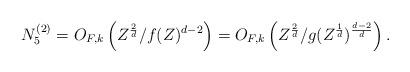
LaTeX: \begin{align*} N_5^{(2)} = O_{F,k} \left(Z^{\frac{2}{d}} /f(Z)^{d-2} \right) = O_{F,k} \left(Z^{\frac{2}{d}}/g(Z^{\frac{1}{d}})^{\frac{d-2}{d}} \right). \end{align*}